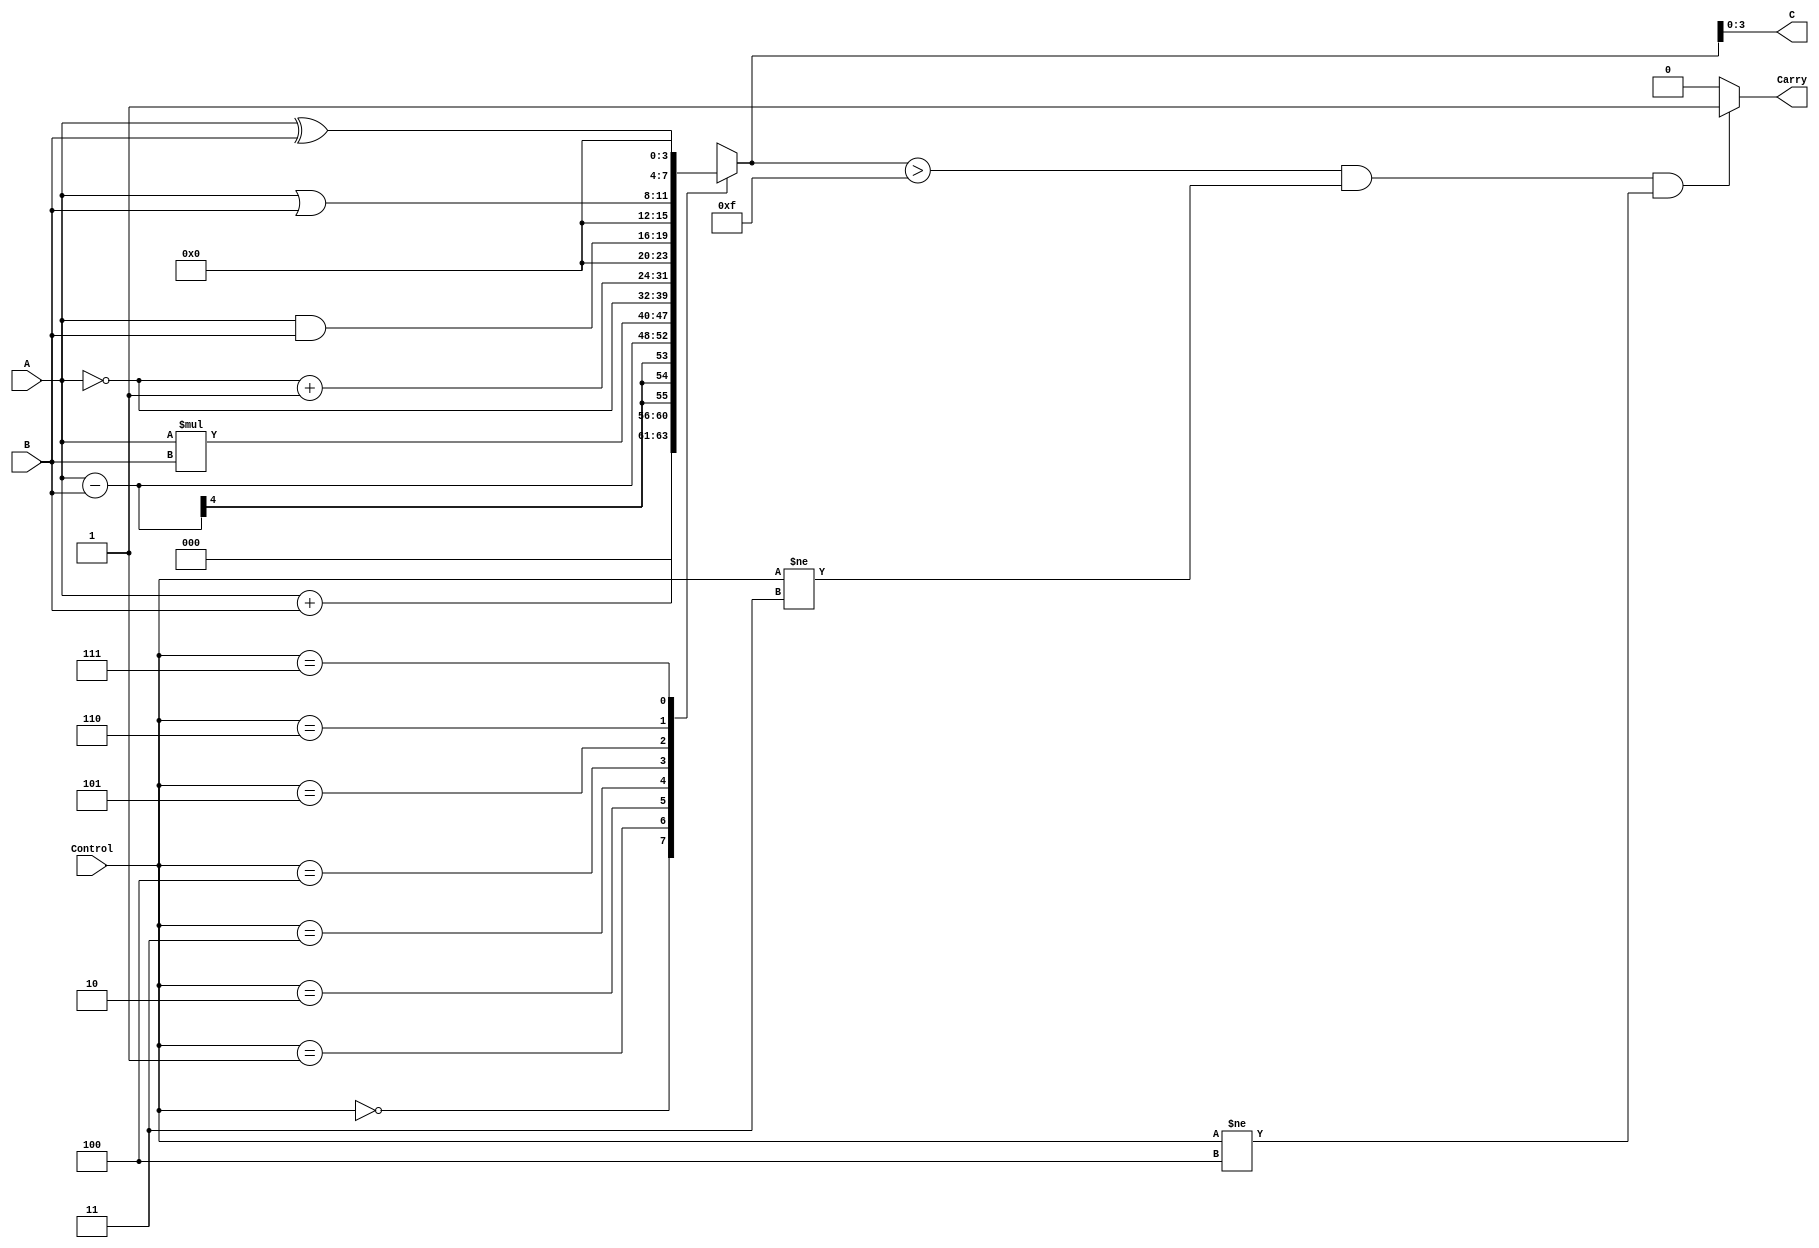
/**************************************************************************************
*	Description
*		This is an alu
*		1.0
*	Author:
*		Ing. Flix Godoy Martnez
*	Date:
*		10/07/20
***************************************************************************************/

module ALU
#(
    parameter WORD_LENGTH = 4
)
(
    input [WORD_LENGTH-1:0]A,
    input [WORD_LENGTH-1:0]B,
    input [2:0]Control,

    output Carry,
    output [WORD_LENGTH-1:0] C
);

reg [WORD_LENGTH-1:0]mask = {WORD_LENGTH{1'b1}};
reg [WORD_LENGTH-1:0]c_reg;
reg carry_reg;
reg [(2*WORD_LENGTH)-1:0]c_temp_reg;

always @(*) begin

	case (Control)
	3'b000: c_temp_reg = A + B;
	3'b001: c_temp_reg = A - B;
	3'b010: c_temp_reg = A * B;
	3'b011: c_temp_reg = ~A;
	3'b100: c_temp_reg = ~A + 1'b1;
	3'b101: c_temp_reg = A & B;
	3'b110: c_temp_reg = A | B;
	3'b111: c_temp_reg = A ^ B; 
	default: c_temp_reg = 0; 
	endcase

	if (c_temp_reg > mask && Control != 3'b011 && Control != 3'b100) begin
		carry_reg = 1'b1;
	end
	else begin
		carry_reg = 1'b0;
	end
	
   c_reg = c_temp_reg[WORD_LENGTH-1:0];

end

assign C = c_reg;
assign Carry = carry_reg;    
	 
endmodule